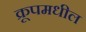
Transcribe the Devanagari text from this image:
क्रूपमधील